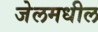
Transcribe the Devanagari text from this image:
जेलमधील